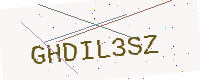
Text: GHDIL3SZ